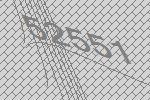
52551